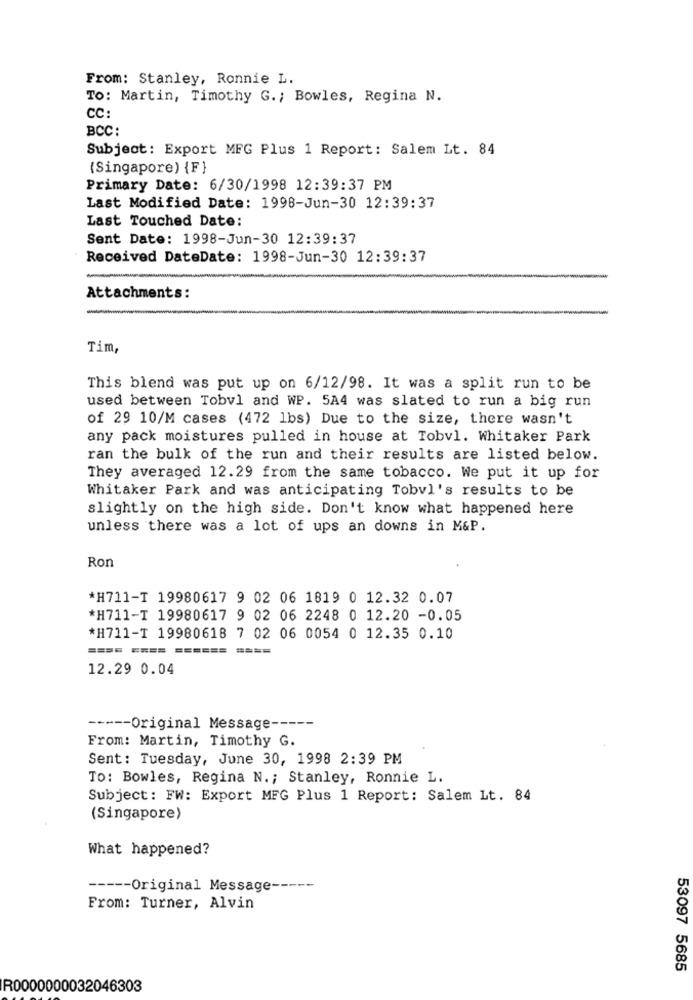
From: Stanley, Ronnie L.
To: Martin, Timothy G .; Bowles, Regina N.
CC:
BCC:
Subject: Export MFG Plus 1 Report: Salem Lt. 84
(Singapore) {F}
Primary Date: 6/30/1998 12:39:37 PM
Last Modified Date: 1998-Jun-30 12:39:37
Last Touched Date:
Sent Date: 1998-Jun-30 12:39:37
Received DateDate: 1998-Jun-30 12:39:37
Attachments:
Tim,
This blend was put up on 6/12/98. It was a split run to be
used between Tobvl and WP. 5A4 was slated to run a big run
of 29 10/M cases (472 lbs) Due to the size, there wasn't
any pack moistures pulled in house at Tobvl. Whitaker Park
ran the bulk of the run and their results are listed below.
They averaged 12.29 from the same tobacco. We put it up for
Whitaker Park and was anticipating Tobvl's results to be
slightly on the high side. Don't know what happened here
unless there was a lot of ups an downs in M&P.
Ron
*H711-T 19980617 9 02 06 1819 0 12.32 0.07
*H711-T 19980617 9 02 06 2248 0 12.20 -0.05
*H711-T 19980618 7 02 06 0054 0 12.35 0.10
==== ==== ======
12.29 0.04
----- Original Message -----
From: Martin, Timothy G.
Sent: Tuesday, June 30, 1998 2:39 PM
TO: Bowles, Regina N. ; Stanley, Ronnie L.
Subject: FW: Export MFG Plus 1 Report: Salem Lt. 84
(Singapore)
What happened?
----- Original Message -----
From: Turner, Alvin
53097 5685
R0000000032046303